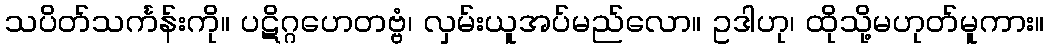
သပိတ်သင်္ကန်းကို။ ပဋိဂ္ဂဟေတဗ္ဗံ၊ လှမ်းယူအပ်မည်လော။ ဥဒါဟု၊ ထိုသို့မဟုတ်မူကား။